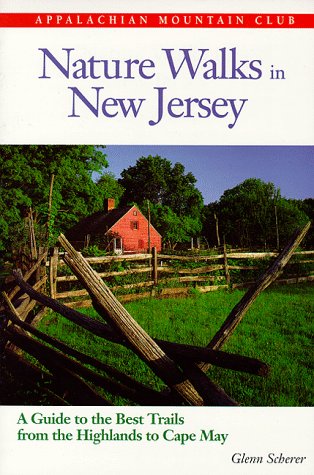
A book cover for Nature Walks In New Jersey: A Guide to the Best Trails from the Highlands to Cape May; Glenn Scherer; Travel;